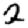
Digit: 2